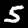
Label: 5